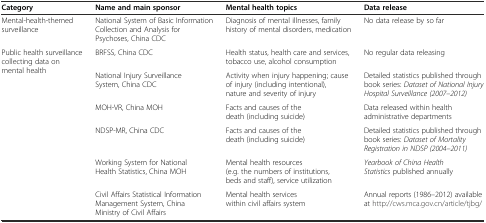
<table><thead><tr><td><b>Category</b></td><td><b>Name and main sponsor</b></td><td><b>Mental health topics</b></td><td><b>Data release</b></td></tr></thead><tbody><tr><td>Mental-health-themed surveillance</td><td>National System of Basic Information Collection and Analysis for Psychoses, China CDC</td><td>Diagnosis of mental illnesses, family history of mental disorders, medication</td><td>No data release by so far</td></tr><tr><td rowspan="5">Public health surveillance collecting data on mental health</td><td>BRFSS, China CDC</td><td>Health status, health care and services, tobacco use, alcohol consumption</td><td>No regular data releasing</td></tr><tr><td>National Injury Surveillance System, China CDC</td><td>Activity when injury happening; cause of injury (including intentional), nature and severity of injury</td><td>Detailed statistics published through book series: <i>Dataset of National Injury Hospital Surveillance (2007–2012)</i></td></tr><tr><td>MOH-VR, China MOH</td><td>Facts and causes of the death (including suicide)</td><td>Data released within health administrative departments</td></tr><tr><td>NDSP-MR, China CDC</td><td>Facts and causes of the death (including suicide)</td><td>Detailed statistics published through book series: <i>Dataset of Mortality Registration in NDSP (2004–2011)</i></td></tr><tr><td>Working System for National Health Statistics, China MOH</td><td>Mental health resources (e.g. the numbers of institutions, beds and staff), service utilization</td><td><i>Yearbook of China Health Statistics</i> published annually</td></tr><tr><td></td><td>Civil Affairs Statistical Information Management System, China Ministry of Civil Affairs</td><td>Mental health services within civil affairs system</td><td>Annual reports (1986–2012) available at http://cws.mca.gov.cn/article/tjbg/</td></tr></tbody></table>